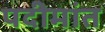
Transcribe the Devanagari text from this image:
पदीमांत